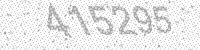
Solution: 415295